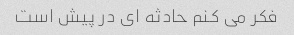
فکر می کنم حادثه ای در پیش است